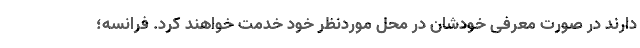
دارند در صورت معرفی خودشان در محل موردنظر خود خدمت خواهند کرد. فرانسه؛